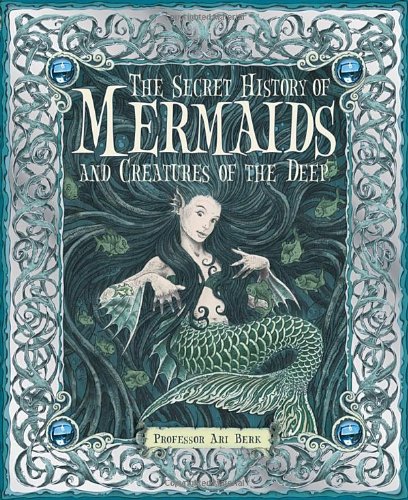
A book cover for The Secret History of Mermaids; Ari Berk; Children's Books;